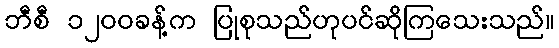
ဘီစီ ၁၂၀၀ခန့်က ပြုစုသည်ဟုပင်ဆိုကြသေးသည်။